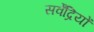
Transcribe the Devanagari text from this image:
सर्वेंद्रियों